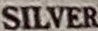
SILVER